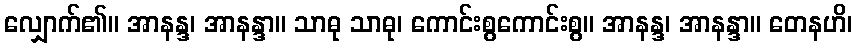
လျှောက်၏။ အာနန္ဒ၊ အာနန္ဒာ။ သာဓု သာဓု၊ ကောင်းစွကောင်းစွ။ အာနန္ဒ၊ အာနန္ဒာ။ တေနဟိ၊